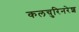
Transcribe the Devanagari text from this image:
कलचुरिनरेश